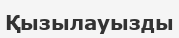
Қызылауызды